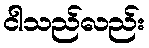
ငါသည်လည်း